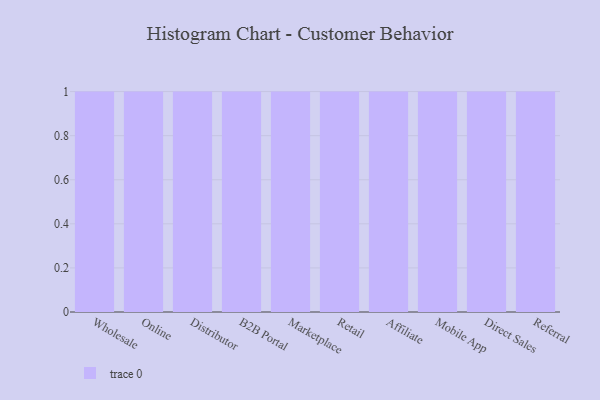
{"axis": {"x": "Channel", "y": "Page Views"}, "legend": [""], "data": [{"x": "Wholesale", "y": 83, "type": ""}, {"x": "Online", "y": 39, "type": ""}, {"x": "Distributor", "y": 7, "type": ""}, {"x": "B2B Portal", "y": 36, "type": ""}, {"x": "Marketplace", "y": 1, "type": ""}, {"x": "Retail", "y": 48, "type": ""}, {"x": "Affiliate", "y": 19, "type": ""}, {"x": "Mobile App", "y": 37, "type": ""}, {"x": "Direct Sales", "y": 81, "type": ""}, {"x": "Referral", "y": 2, "type": ""}]}